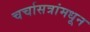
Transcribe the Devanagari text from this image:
चर्चासत्रांमधून